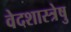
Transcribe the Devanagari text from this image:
वेदशास्त्रेषु